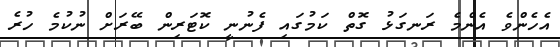
އެހެންވެ އެންމެ ރަނގަޅު ގޮތް ކަމުގައި ފެނުނީ ކޮޓަރިން ބޭރަށް ނުކުމެ ހުރެ